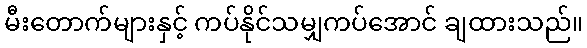
မီးတောက်များနှင့် ကပ်နိုင်သမျှကပ်အောင် ချထားသည်။